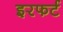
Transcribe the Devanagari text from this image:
इरफर्ट